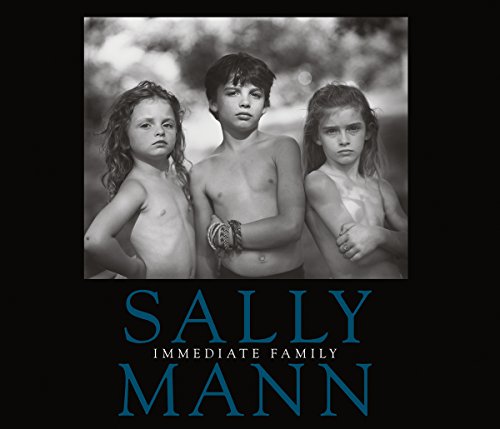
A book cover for Sally Mann: Immediate Family; Arts & Photography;